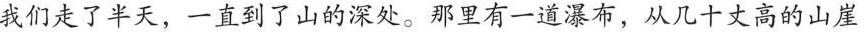
我们走了半天，一直到了山的深处。那里有一道瀑布，从几十丈高的山崖